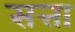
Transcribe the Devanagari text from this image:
सत्ता